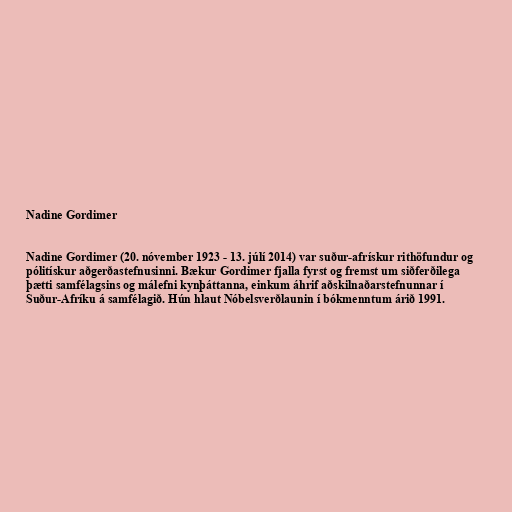
Nadine Gordimer

Nadine Gordimer (20. nóvember 1923 - 13. júlí 2014) var suður-afrískur rithöfundur og
pólitískur aðgerðastefnusinni. Bækur Gordimer fjalla fyrst og fremst um siðferðilega
þætti samfélagsins og málefni kynþáttanna, einkum áhrif aðskilnaðarstefnunnar í
Suður-Afríku á samfélagið. Hún hlaut Nóbelsverðlaunin í bókmenntum árið 1991.